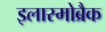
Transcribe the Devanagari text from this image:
इलास्मोब्रैक